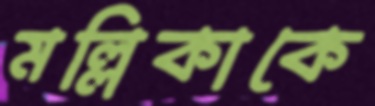
মল্লিকাকে